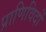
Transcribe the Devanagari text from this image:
प्राणिविदों